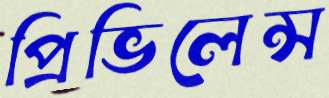
প্রিভিলেন্স